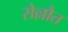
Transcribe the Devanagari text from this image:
रोल्लौत